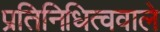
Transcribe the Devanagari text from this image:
प्रतिनिधित्ववाले